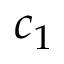
c _ { 1 }